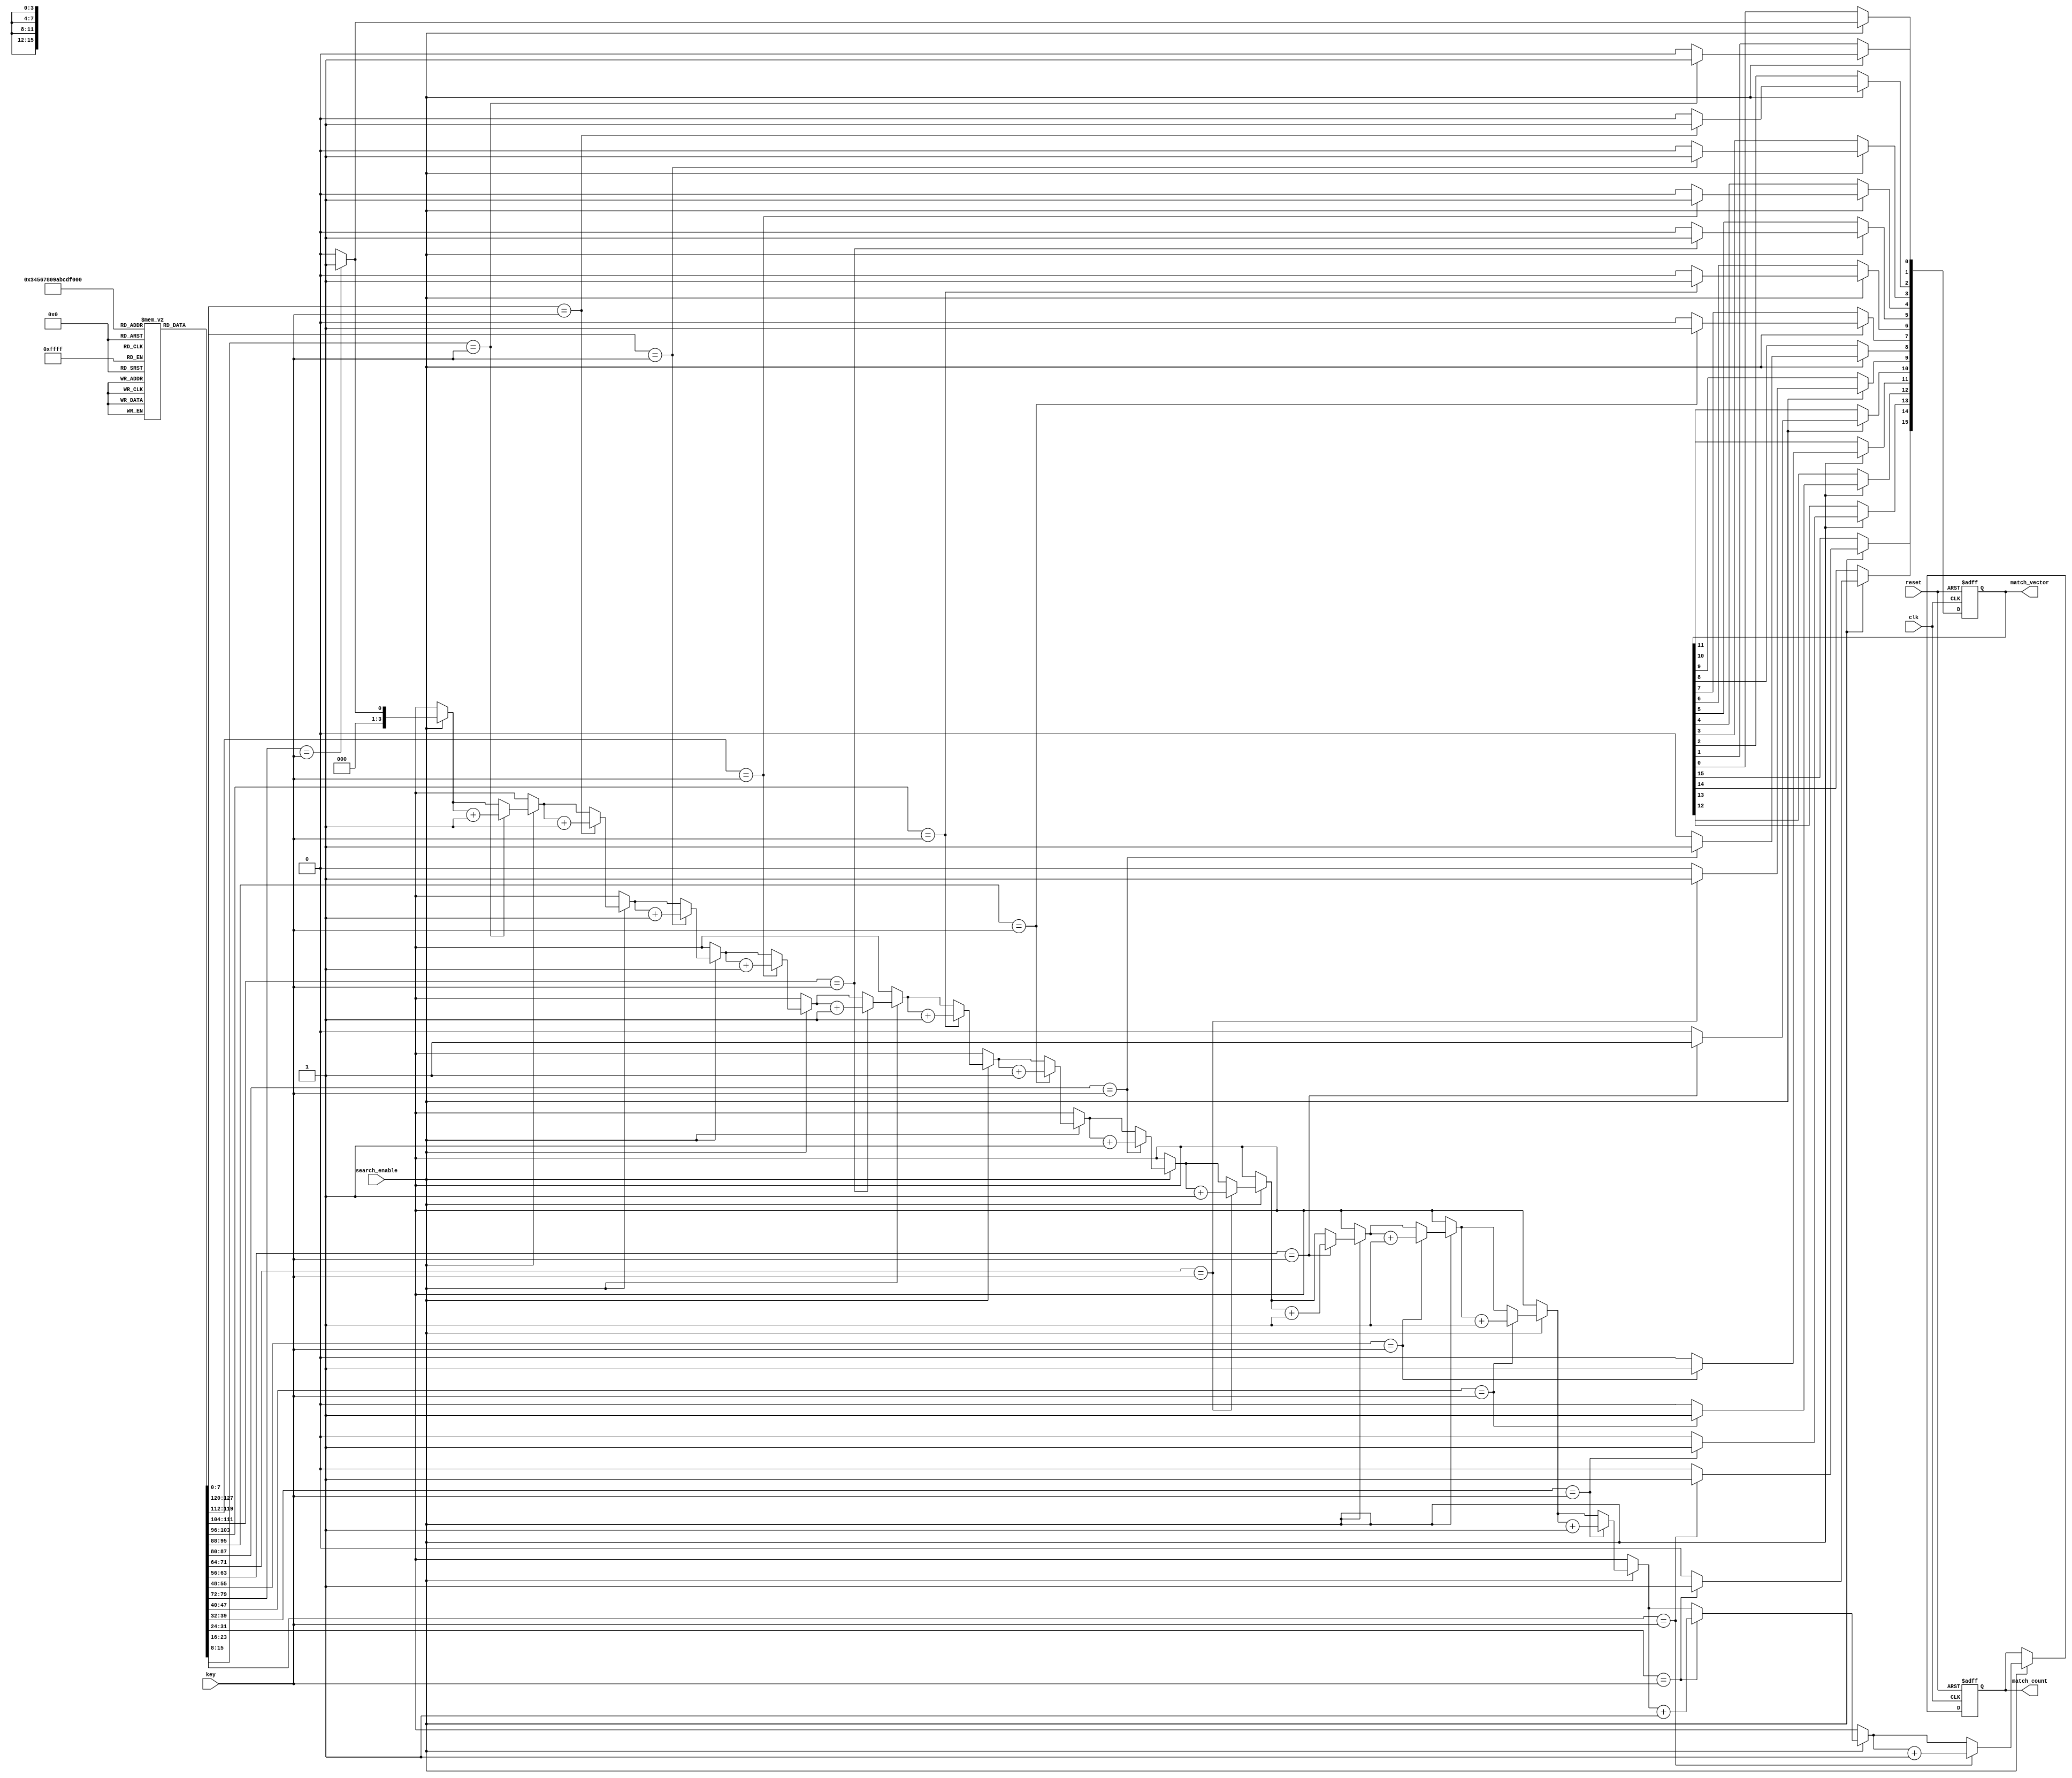
module MultimatchCAM #(
    parameter DEPTH = 16,      // Number of entries in the CAM
    parameter WIDTH = 8        // Width of each entry (number of bits)
)(
    input wire clk,            // Clock signal
    input wire reset,          // Reset signal
    input wire [WIDTH-1:0] key, // Input key to search
    input wire search_enable,   // Enable signal for search operation
    output reg [DEPTH-1:0] match_vector, // Match vector output
    output reg [3:0] match_count // Count of matches
);

    // Memory array to store keys
    reg [WIDTH-1:0] memory [0:DEPTH-1];

    // Match logic
    integer i;

    always @(posedge clk or posedge reset) begin
        if (reset) begin
            match_vector <= 0;
            match_count <= 0;
        end else if (search_enable) begin
            match_vector <= 0; // Clear match vector
            match_count = 0;   // Reset match count

            // Compare input key with each entry in memory
            for (i = 0; i < DEPTH; i = i + 1) begin
                if (memory[i] == key) begin
                    match_vector[i] <= 1; // Set match bit
                    match_count = match_count + 1; // Increment match count
                end else begin
                    match_vector[i] <= 0; // Clear match bit
                end
            end
        end
    end

    // Optional: Write operation to update memory (not specified in the description)
    // This can be added if needed for dynamic updates
    task write_entry(input [WIDTH-1:0] data, input [3:0] index);
        begin
            if (index < DEPTH) begin
                memory[index] = data; // Write data to specified index
            end
        end
    endtask

endmodule